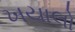
ખયાલો